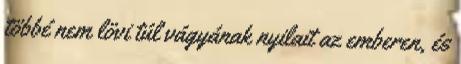
többé nem lövi túl vágyának nyilait az emberen, és